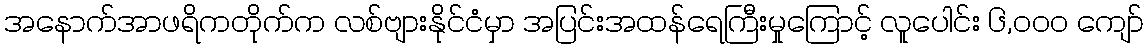
အနောက်အာဖရိကတိုက်က လစ်ဗျားနိုင်ငံမှာ အပြင်းအထန်ရေကြီးမှုကြောင့် လူပေါင်း ၆,၀၀၀ ကျော်